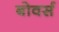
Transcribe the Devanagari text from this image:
बोवर्स